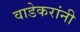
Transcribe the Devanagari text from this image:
वाडेकरांनी